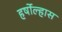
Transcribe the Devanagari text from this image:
हर्षोल्हास